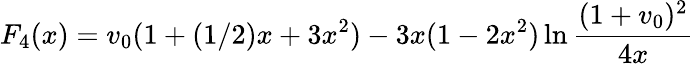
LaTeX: F_{4}(x)=v_{0}(1+(1/2)x+3x^{2})-3x(1-2x^{2})\ln{{\frac{(1+v_{0})^{2}}{4x}}}